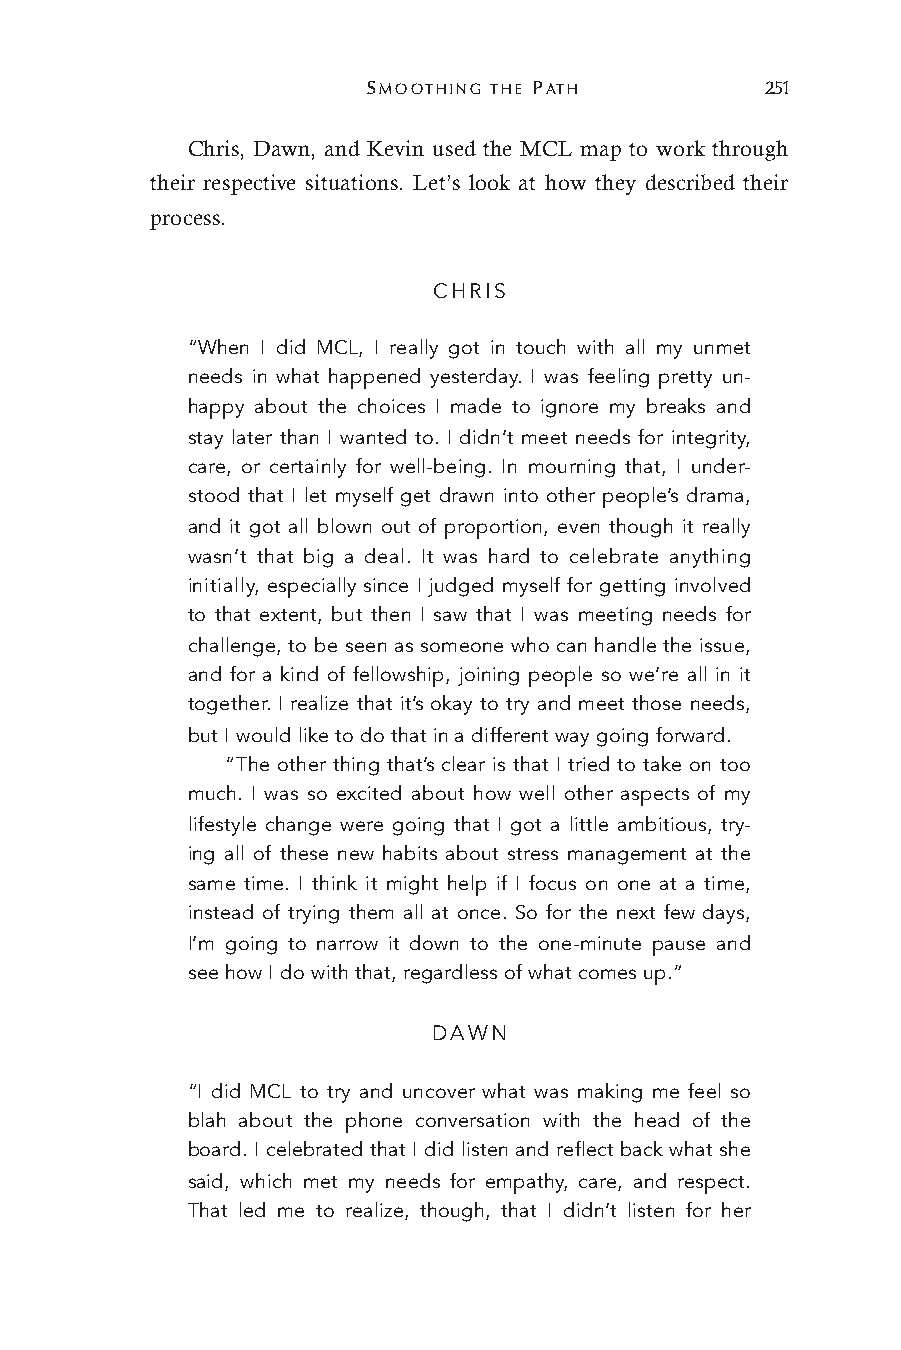
SMOOTHING THE PATH         251
 Chris, Dawn, and Kevin used the MCL map to work through
 their respective situations. Let’s look at how they described their
 process.
 CHRIS
 “When I did MCL, I really got in touch with all my unmet
 needs in what happened yesterday. I was feeling pretty un-
 happy about the choices I made to ignore my breaks and
 stay later than I wanted to. I didn’t meet needs for integrity,
 care, or certainly for well-being. In mourning that, I under-
 stood that I let myself get drawn into other people’s drama,
 and it got all blown out of proportion, even though it really
 wasn’t that big a deal. It was hard to celebrate anything
 initially, especially since I judged myself for getting involved
 to that extent, but then I saw that I was meeting needs for
 challenge, to be seen as someone who can handle the issue,
 and for a kind of fellowship, joining people so we’re all in it
 together. I realize that it’s okay to try and meet those needs,
 but I would like to do that in a different way going forward.
 “The other thing that’s clear is that I tried to take on too
 much. I was so excited about how well other aspects of my
 lifestyle change were going that I got a little ambitious, try-
 ing all of these new habits about stress management at the
 same time. I think it might help if I focus on one at a time,
 instead of trying them all at once. So for the next few days,
 I’m going to narrow it down to the one-minute pause and
 see how I do with that, regardless of what comes up.”
 DAWN
 “I did MCL to try and uncover what was making me feel so
 blah about the phone conversation with the head of the
 board. I celebrated that I did listen and reflect back what she
 said, which met my needs for empathy, care, and respect.
 That led me to realize, though, that I didn’t listen for her